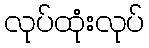
လုပ်ထုံးလုပ်